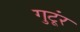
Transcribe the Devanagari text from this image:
गुटूंर